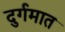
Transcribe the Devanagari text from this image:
दुर्गमात